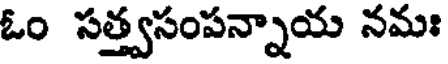
ఓం సత్త్వసంపన్నాయ నమః